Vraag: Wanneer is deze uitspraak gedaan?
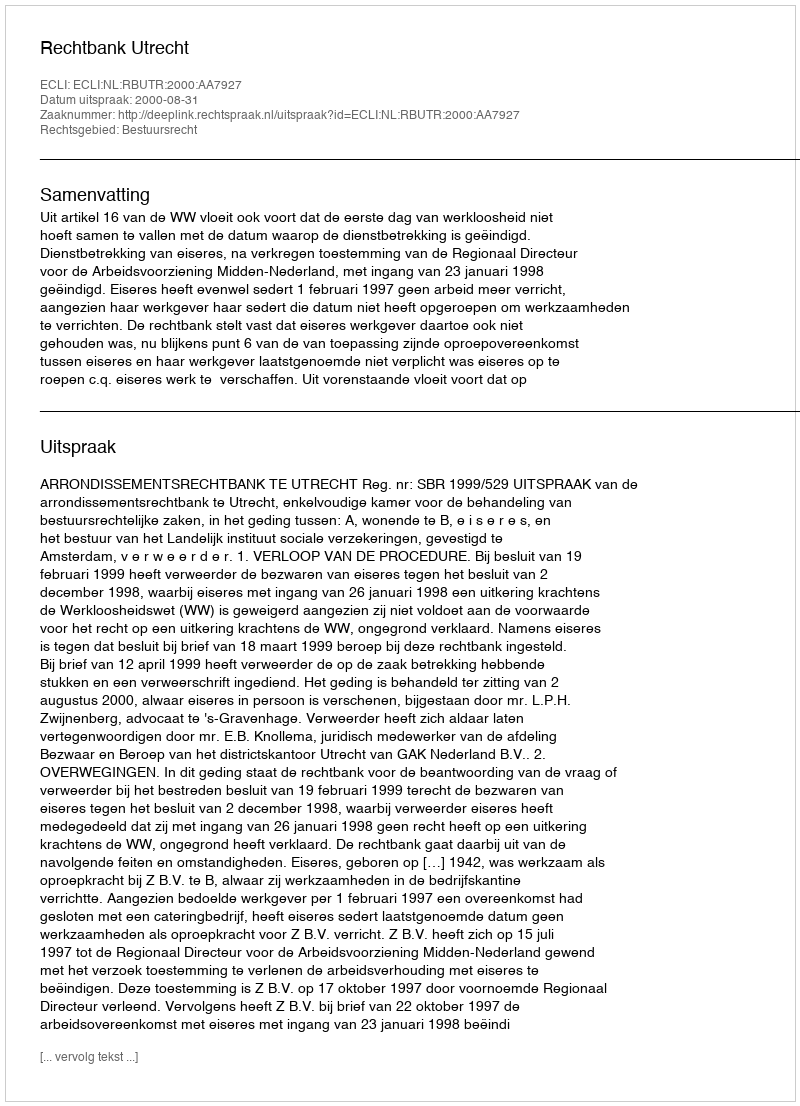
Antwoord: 2000-08-31